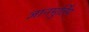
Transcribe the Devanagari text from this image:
ज्ञानमुर्तिम्‌